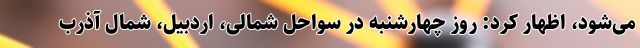
می‌شود، اظهار کرد: روز چهارشنبه در سواحل شمالی، اردبیل، شمال آذرب